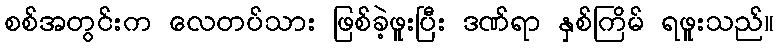
စစ်အတွင်းက လေတပ်သား ဖြစ်ခဲ့ဖူးပြီး ဒဏ်ရာ နှစ်ကြိမ် ရဖူးသည်။